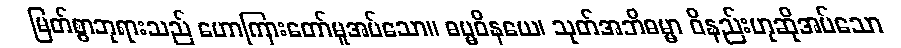
မြတ်စွာဘုရားသည် ဟောကြားတော်မူအပ်သော။ ဓမ္မဝိနယေ၊ သုတ်အဘိဓမ္မာ ဝိနည်းဟုဆိုအပ်သော